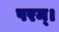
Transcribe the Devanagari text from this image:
परम्‌।